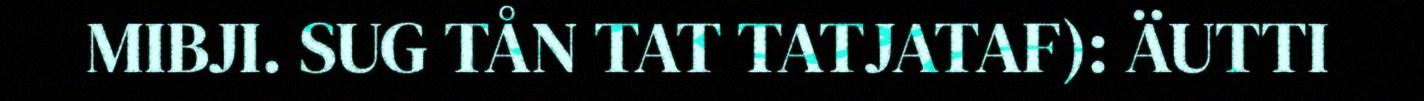
MIBJI. SUG TÅN TAT TATJATAF): ÄUTTI